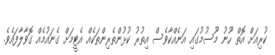
ކުރިއަށް އޮތް ހޫނު މޫސުމުގައި އަނެއްކާވެސް އިތުރު ކުޅުންތެރިންތަކެއް އެޓީމަށް ގެނައުމެއް ގޮވާލާފައެވެ.